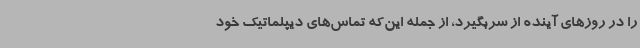
را در روزهای آینده از سربگیرد، از جمله این‌که تماس‌های دیپلماتیک خود